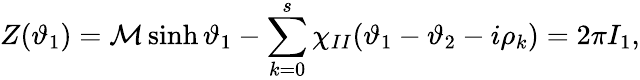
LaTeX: Z(\vartheta_{1})={\cal M}\sinh\vartheta_{1}-\sum_{k=0}^{s}\chi_{II}(\vartheta_{1}-\vartheta_{2}-i\rho_{k})=2\pi I_{1},